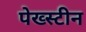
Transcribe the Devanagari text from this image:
पेख्स्टीन